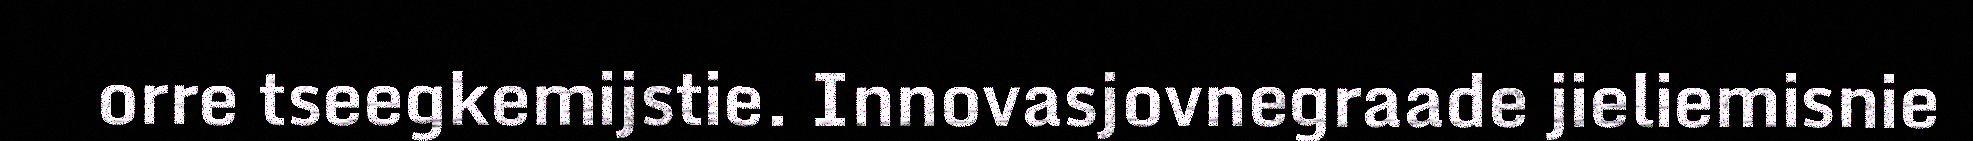
orre tseegkemijstie. Innovasjovnegraade jieliemisnie